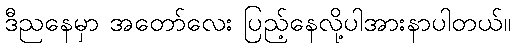
ဒီညနေမှာ အတော်လေး ပြည့်နေလို့ပါအားနာပါတယ်။